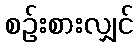
စဉ်းစားလျှင်